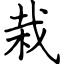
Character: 栽